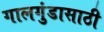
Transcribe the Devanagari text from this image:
गालगुंडासाठी